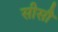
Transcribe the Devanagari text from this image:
सीसौ